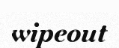
wipeout